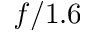
f / 1 . 6